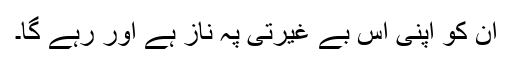
ان کو اپنی اس بے غیرتی پہ ناز ہے اور رہے گا۔